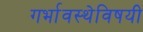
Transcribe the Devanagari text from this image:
गर्भावस्थेविषयी